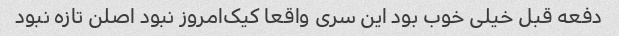
دفعه قبل خیلی خوب بود این سری واقعا کیک‌امروز نبود اصلن تازه نبود